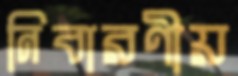
নিবারণীয়